Annual administration and progress report of the Indian Medical Department, Bombay
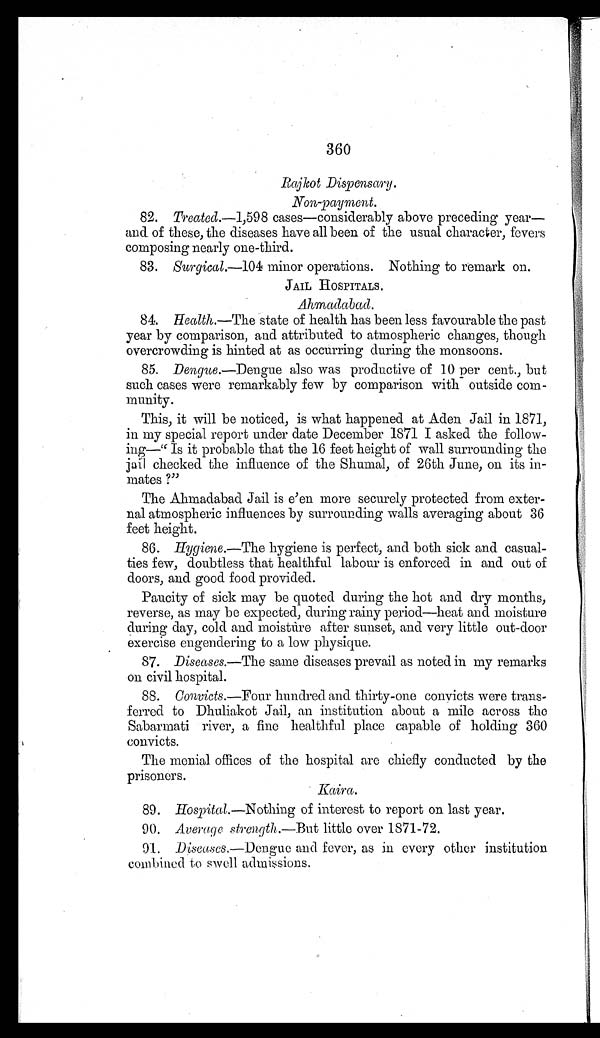
360
Rajkot Dispensary.
Non-payment.
82.
Treated.— 1,598 cases—considerably above preceding year—
and of these, the diseases have all been of the usual character, fevers
composing nearly one-third.
83. Surgical.— 104 minor operations. Nothing to remark on.
JAIL HOSPITALS.
Ahmadabad.
84. Health. —The state of health has been less favourable the past
year by comparison, and attributed to atmospheric changes, though
overcrowding is hinted at as occurring during the monsoons.
85.
Dengue. —Dengue also was productive of 10 per cent., but
such cases were remarkably few by comparison with outside com-
munity.
This, it will be noticed, is what happened at Aden Jail in 1871,
in my special report under date December 1871 I asked the follow-
-
ing—" Is it probable that the 16 feet height of wall surrounding the
jail checked the influence of the Shumal, of 26th June, on its in--
mates ?"
The Ahmadabad Jail is e'en more securely protected from exter--
nal atmospheric influences by surrounding walls averaging about 36
feet height.
86.
Hygiene.—The hygiene is perfect, and both sick and casual--
ties few, doubtless that healthful labour is enforced in and out of
doors, and good food provided.
Paucity of sick may be quoted during the hot and dry months,
reverse, as may be expected, during rainy period—heat and moisture
during day, cold and moisture after sunset, and very little out-door
exercise engendering to a low physique.
87.
Diseases.—The same diseases prevail as noted in my remarks
on civil hospital.
88.
Convicts.—Four hundred and thirty-one convicts were trans--
ferred to Dhuliakot Jail, an institution about a mile across the
Sabarmati river, a fine healthful place capable of holding 360
convicts.
The menial offices of the hospital are chiefly conducted by the
prisoners.
Kaira.
89. Hospital. —Nothing of interest to report on last year.
90. Average strength.— But little over 1871-72.
91.
Diseases. —Dengue and fever, as in every other institution
combined to swell admissions.